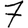
Digit: 7